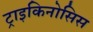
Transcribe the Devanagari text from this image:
ट्राइकिनोसिस